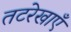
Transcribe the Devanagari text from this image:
तटरेखाएँ